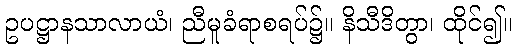
ဥပဋ္ဌာနသာလာယံ၊ ညီမူခံရာစရပ်၌။ နိသီဒိတွာ၊ ထိုင်၍။